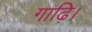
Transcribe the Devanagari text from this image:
गाढ़ि।